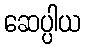
ဆေပ္ပါယ